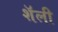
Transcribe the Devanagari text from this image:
शॅली